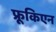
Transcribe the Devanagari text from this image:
फ्रूकिएन